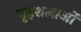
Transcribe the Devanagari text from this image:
गृहशलाओं